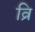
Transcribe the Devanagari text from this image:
व्रि